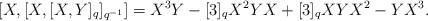
LaTeX: \begin{align*}\lbrack X, \lbrack X, \lbrack X, Y\rbrack_q \rbrack_{q^{-1}} \rbrack = X^3 Y - \lbrack 3 \rbrack_q X^2 Y X + \lbrack 3 \rbrack_q X Y X^2 - Y X^3.\end{align*}